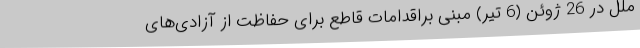
ملل در 26 ژوئن (6 تیر) مبنی براقدامات قاطع برای حفاظت از آزادی‌های